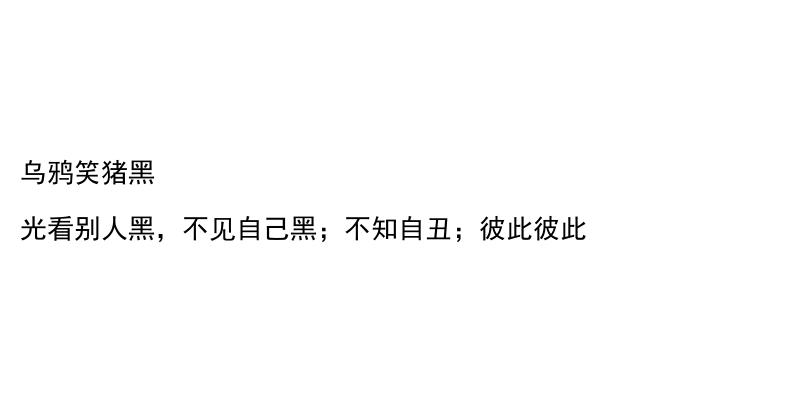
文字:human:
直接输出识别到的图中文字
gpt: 乌鸦笑猪黑 光看别人黑，不见自己黑；不知自丑；彼此彼此